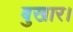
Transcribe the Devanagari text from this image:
बुखार।